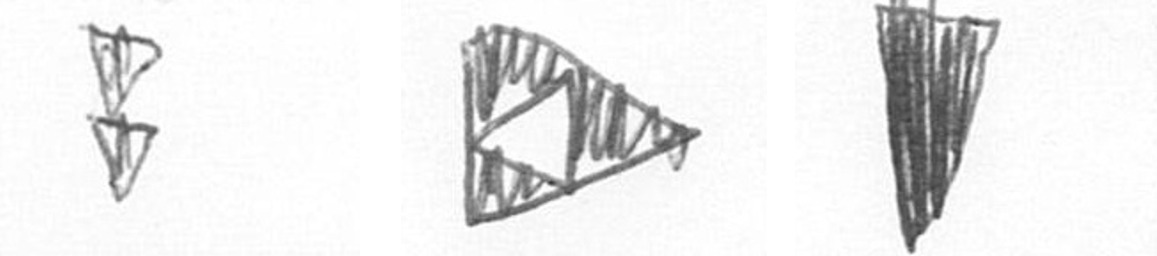
Z K J